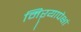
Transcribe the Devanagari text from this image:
मिऱ्यापेक्षां